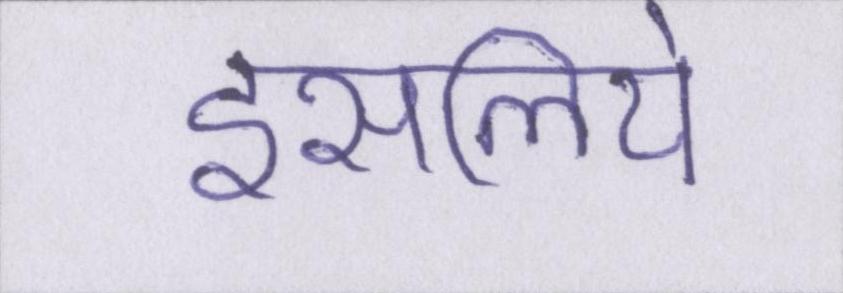
इसलिये